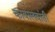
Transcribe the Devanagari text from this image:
कावालवांती